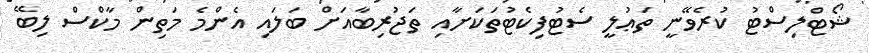
ޝޯޓްލިސްޓު ކުރެވޭނީ ތަޢުލީ ސެޓުފިކެޓުތަކަށާއި ތަޖުރިބާއަށް ބަލައި އެންމެ މަތިން މާކްސް ލިބޭ